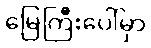
မြေကြီးပေါ်မှာ